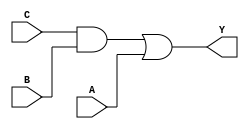
module simple_circuit
(A,B,C,Y);
input A,B,C;
output Y;
wire w1;
and g1(w1,C,B);
or g2(Y,w1,A); 
endmodule